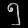
Digit: ၅